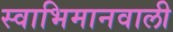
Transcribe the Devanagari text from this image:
स्वाभिमानवाली